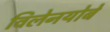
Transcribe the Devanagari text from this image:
विलेनयोबे